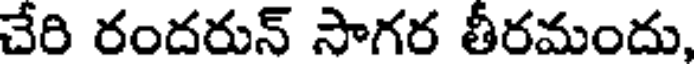
చేరి రందరున్ సాగర తీరమందు,